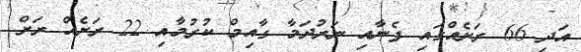
އަދި 66 ރަށެއްގައި ފެނާއި ނަރުދަމާ ގާއިމް ކުރުމާއި 22 ރަށެއް ރަށް